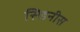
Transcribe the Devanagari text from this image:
सिडनीस